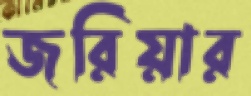
জরিয়ার